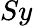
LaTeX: Sy